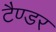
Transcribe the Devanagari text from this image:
टैण्डर